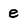
Character: e